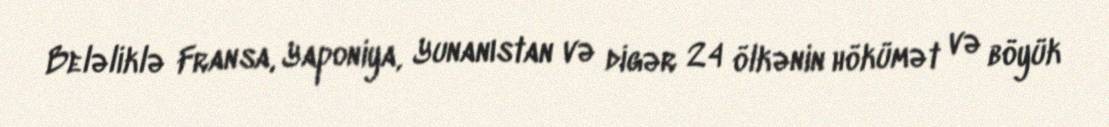
Beləliklə Fransa, Yaponiya, Yunanıstan və digər 24 ölkənin hökümət və böyük